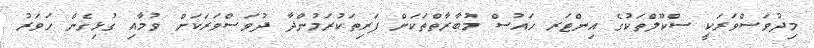
މިދުވަސްވަރަކީ ސްކޫލްތަކުގެ އިންޓަރ ހައުސް މުބާރާތްތަކަށް ފަރިތަކުރަމުންދާ ދުވަސްވަރަކަށް ވުމާއި ގުޅިގެން ހަވަރު